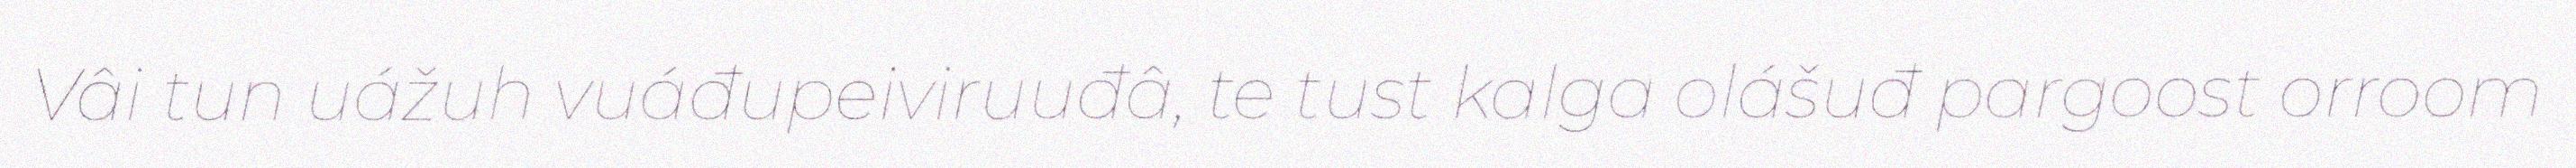
Vâi tun uážuh vuáđupeiviruuđâ, te tust kalga olášuđ pargoost orroom